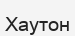
Хаутон